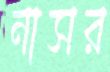
নাসর